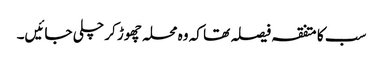
سب کا متفقہ فیصلہ تھا کہ وہ محلہ چھوڑ کر چلی جائیں۔